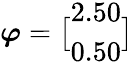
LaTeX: \boldsymbol{\varphi}=\bigl[\begin{array}{l}{2.50}\\ {0.50}\end{array}\bigr]